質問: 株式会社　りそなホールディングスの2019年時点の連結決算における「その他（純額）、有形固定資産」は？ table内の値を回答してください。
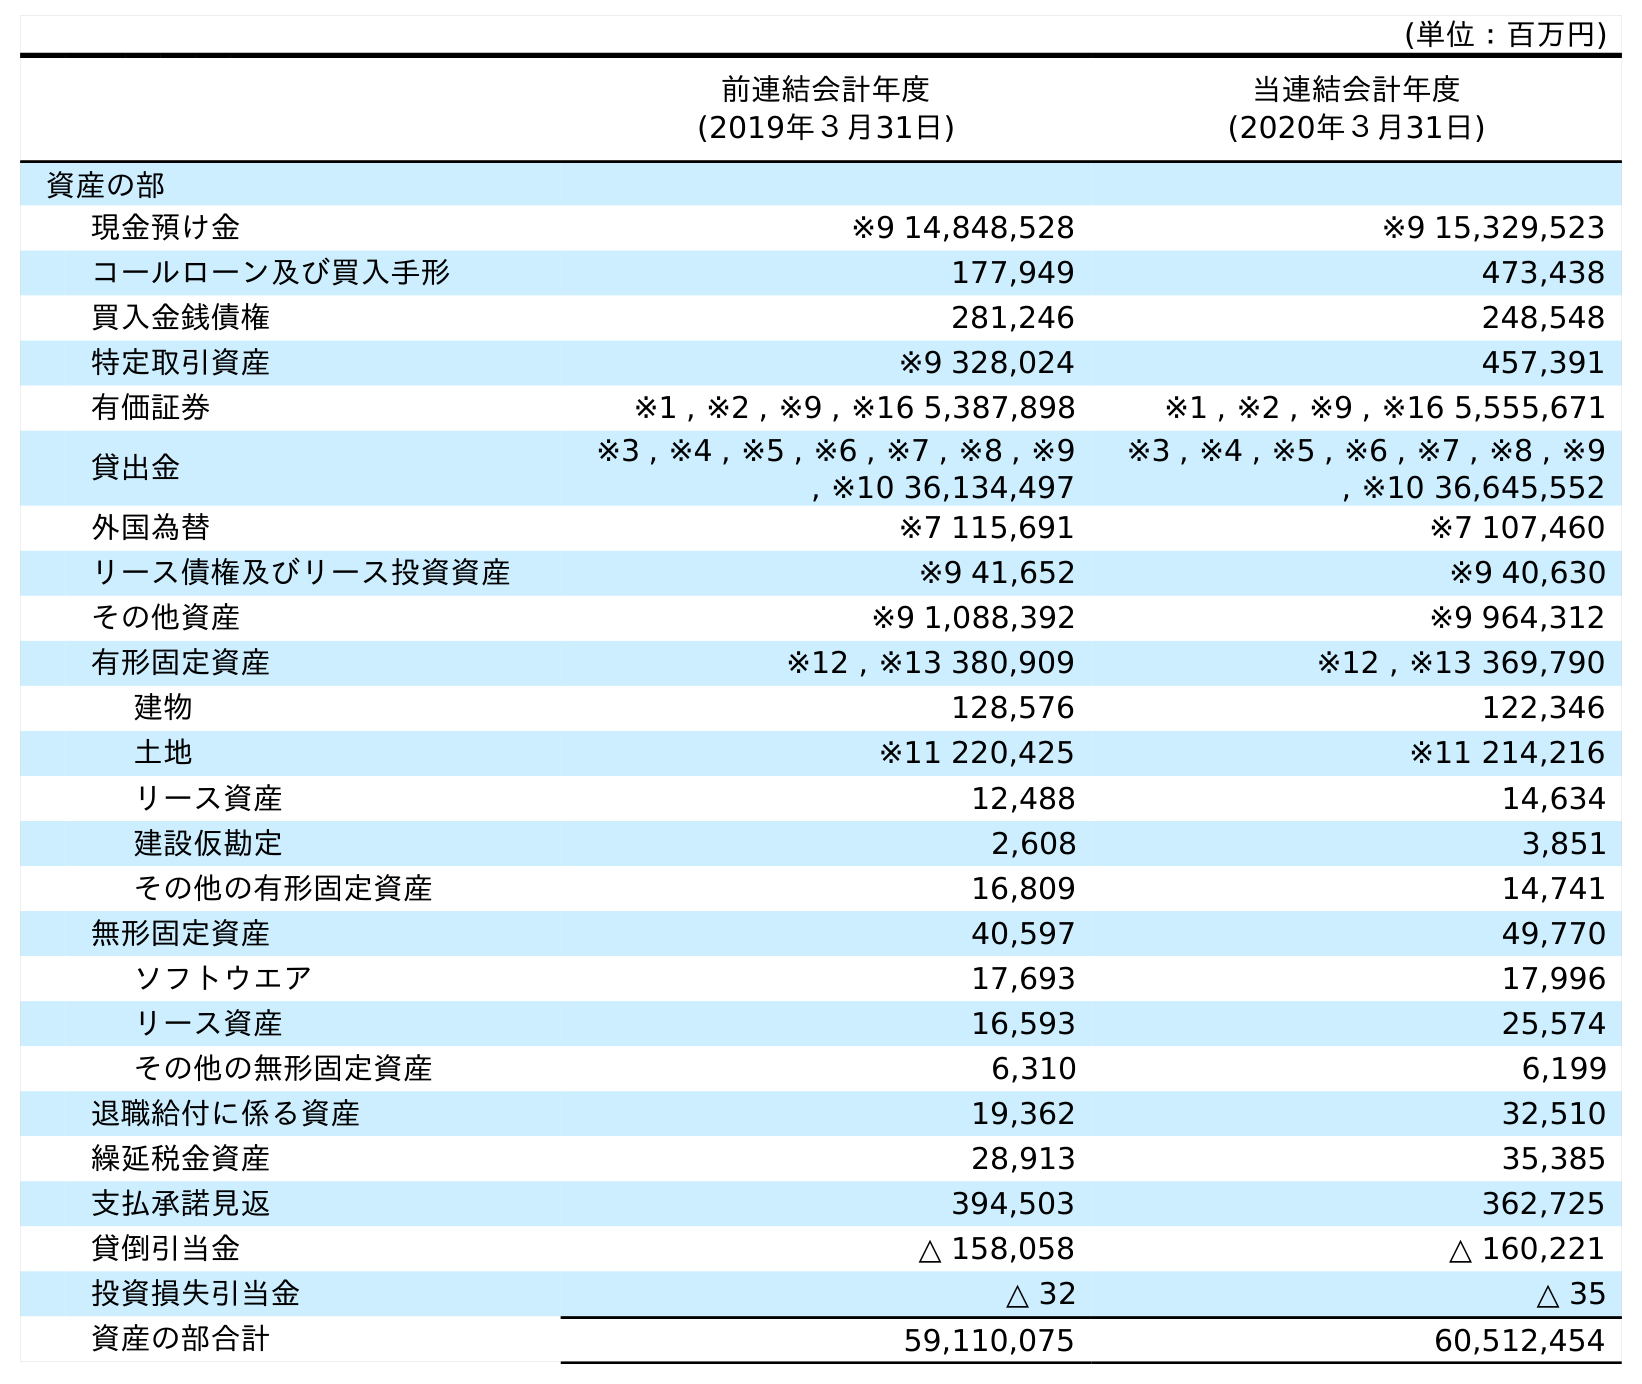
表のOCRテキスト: (単位：百万円) 前連結会計年度 (2019年３月31日) 当連結会計年度 (2020年３月31日) 資産の部 現金預け金 ※9 14,848,528 ※9 15,329,523 コールローン及び買入手形 177,949 473,438 買入金銭債権 281,246 248,548 特定取引資産 ※9 328,024 457,391 有価証券 ※1 , ※2 , ※9 , ※16 5,387,898 ※1 , ※2 , ※9 , ※16 5,555,671 貸出金 ※3 , ※4 , ※5 , ※6 , ※7 , ※8 , ※9 , ※10 36,134,497 ※3 , ※4 , ※5 , ※6 , ※7 , ※8 , ※9 , ※10 36,645,552 外国為替 ※7 115,691 ※7 107,460 リース債権及びリース投資資産 ※9 41,652 ※9 40,630 その他資産 ※9 1,088,392 ※9 964,312 有形固定資産 ※12 , ※13 380,909 ※12 , ※13 369,790 建物 128,576 122,346 土地 ※11 220,425 ※11 214,216 リース資産 12,488 14,634 建設仮勘定 2,608 3,851 その他の有形固定資産 16,809 14,741 無形固定資産 40,597 49,770 ソフトウエア 17,693 17,996 リース資産 16,593 25,574 その他の無形固定資産 6,310 6,199 退職給付に係る資産 19,362 32,510 繰延税金資産 28,913 35,385 支払承諾見返 394,503 362,725 貸倒引当金 △ 158,058 △ 160,221 投資損失引当金 △ 32 △ 35 資産の部合計 59,110,075 60,512,454
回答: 16,809